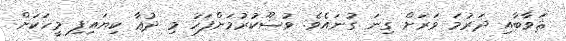
ޘަވާބާއި ދަރުމަ ވަރަށް ގިނަ ގުނައެވެ. ވުޟޫކުރުމަށްފަހު މި ދުޢާ ކިޔައިފި މީހަކަށް